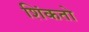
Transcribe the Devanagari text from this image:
शिंकतो